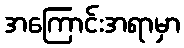
အကြောင်းအရာမှာ